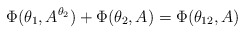
\begin{align*}\Phi (\theta_1,A^{\theta_2})+\Phi (\theta_2,A)=\Phi (\theta_{12},A)\end{align*}